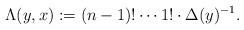
LaTeX: \begin{align*}\Lambda(y, x) := (n - 1)! \cdots 1! \cdot \Delta(y)^{-1}.\end{align*}